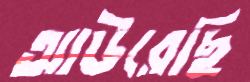
আউরেছি